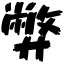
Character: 弊